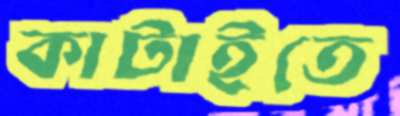
কাটাইতে